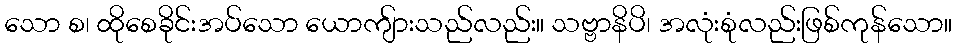
သော စ၊ ထိုစေခိုင်းအပ်သော ယောကျ်ားသည်လည်း။ သဗ္ဗာနိပိ၊ အလုံးစုံလည်းဖြစ်ကုန်သော။